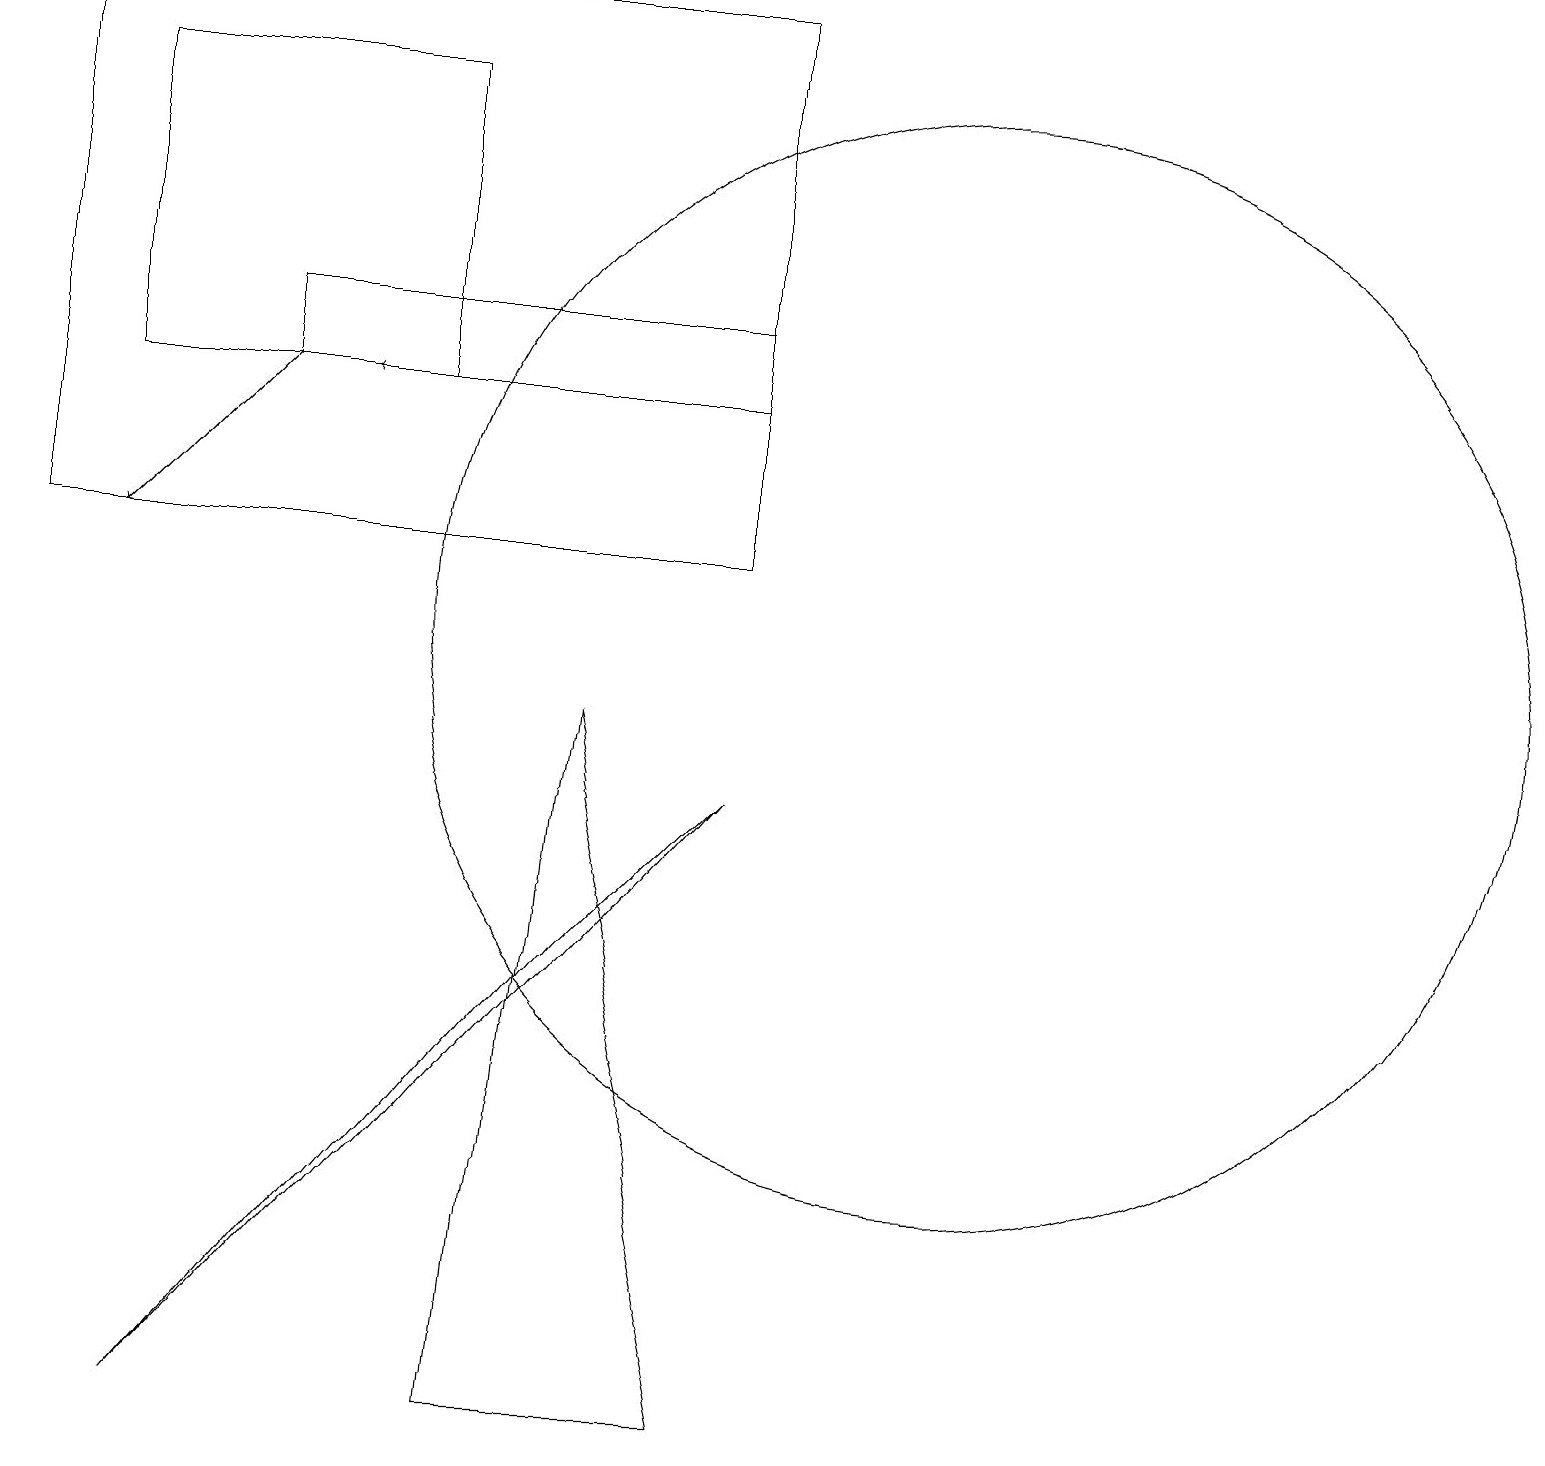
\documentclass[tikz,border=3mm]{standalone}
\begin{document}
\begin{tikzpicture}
\draw[->] (3,13) -- (1,11);
\draw (12,10) circle (7);
\draw (9,14) rectangle (3,13);
\draw (7,6) -- (2,0) -- (9,8) -- cycle;
\draw (1,17) rectangle (5,13);
\draw (0,11) rectangle (9,18);
\draw[->] (6,13) -- (4,13);
\draw (9,0) -- (6,0) -- (7,9) -- cycle;
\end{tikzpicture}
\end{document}